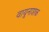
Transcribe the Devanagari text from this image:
वायूनाशक